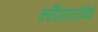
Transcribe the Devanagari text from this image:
कार्डियामायोपैथी